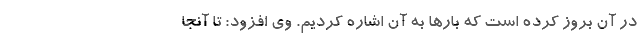
در آن بروز کرده است که بارها به آن اشاره کردیم. وی افزود: تا آنجا